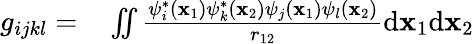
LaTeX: \begin{array}{rl}{g_{ijkl}=}&{{}\iint\frac{\psi_{i}^{*}(\mathbf{x}_{1})\psi_{k}^{*}(\mathbf{x}_{2})\psi_{j}(\mathbf{x}_{1})\psi_{l}(\mathbf{x}_{2})}{r_{12}}\mathrm{d}\mathbf{x}_{1}\mathrm{d}\mathbf{x}_{2}}\end{array}